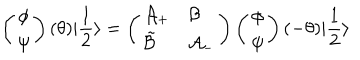
LaTeX: \left( \begin{array} { c } { { \phi } } \\ { { \psi } } \\ \end{array} \right) ( \theta ) | \frac { 1 } { 2 } \rangle = \left( \begin{array} { l l } { { \mathcal { A } _ { + } } } & { { \mathcal { B } } } \\ { { \tilde { \mathcal { B } } } } & { { \mathcal { A } _ { - } } } \\ \end{array} \right) \left( \begin{array} { c } { { \phi } } \\ { { \psi } } \\ \end{array} \right) ( - \theta ) | \frac { 1 } { 2 } \rangle